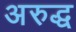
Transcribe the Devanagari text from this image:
अरुद्ध